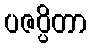
ပဇပ္ပိတာ